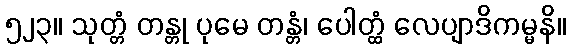
၅၂၃။ သုတ္တံ တန္တု ပုမေ တန္တံ၊ ပေါတ္ထံ လေပျာဒိကမ္မနိ။